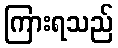
ကြားရသည်